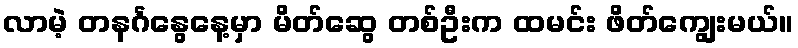
လာမဲ့ တနင်္ဂနွေနေ့မှာ မိတ်ဆွေ တစ်ဦးက ထမင်း ဖိတ်ကျွေးမယ်။